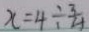
x = 4 \div \frac { 3 } { 4 }